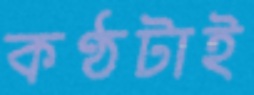
কণ্ঠটাই